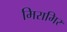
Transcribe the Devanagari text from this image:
मिरामिर